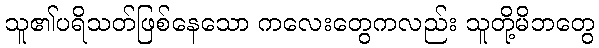
သူ၏ပရိသတ်ဖြစ်နေသော ကလေးတွေကလည်း သူတို့မိဘတွေ